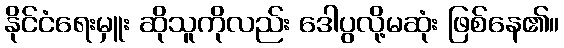
နိုင်ငံရေးမှူး ဆိုသူကိုလည်း ဒေါပွလို့မဆုံး ဖြစ်နေ၏။